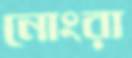
নোংরা